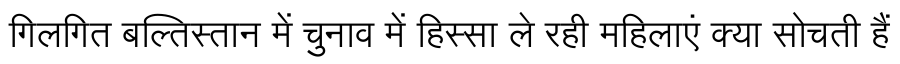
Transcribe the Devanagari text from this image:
गिलगित बल्तिस्तान में चुनाव में हिस्सा ले रही महिलाएं क्या सोचती हैं